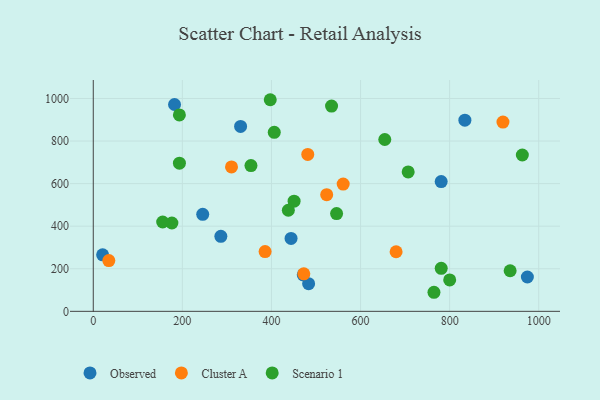
{"axis": {"x": "Engine Size", "y": "Profit"}, "legend": ["Cluster A", "Observed", "Scenario 1"], "data": [{"x": "471.4", "y": 171.6, "type": "Observed"}, {"x": "781.0", "y": 609.5, "type": "Observed"}, {"x": "974.5", "y": 161.2, "type": "Observed"}, {"x": "834.2", "y": 897.9, "type": "Observed"}, {"x": "286.4", "y": 352.5, "type": "Observed"}, {"x": "483.4", "y": 130.1, "type": "Observed"}, {"x": "330.7", "y": 868.5, "type": "Observed"}, {"x": "21.0", "y": 265.5, "type": "Observed"}, {"x": "245.7", "y": 455.7, "type": "Observed"}, {"x": "444.0", "y": 342.4, "type": "Observed"}, {"x": "182.4", "y": 971.6, "type": "Observed"}, {"x": "561.0", "y": 597.8, "type": "Cluster A"}, {"x": "919.7", "y": 889.3, "type": "Cluster A"}, {"x": "310.3", "y": 678.4, "type": "Cluster A"}, {"x": "34.9", "y": 238.4, "type": "Cluster A"}, {"x": "472.6", "y": 176.0, "type": "Cluster A"}, {"x": "481.5", "y": 737.2, "type": "Cluster A"}, {"x": "385.7", "y": 280.9, "type": "Cluster A"}, {"x": "679.8", "y": 280.0, "type": "Cluster A"}, {"x": "524.0", "y": 548.0, "type": "Cluster A"}, {"x": "706.9", "y": 654.9, "type": "Scenario 1"}, {"x": "963.2", "y": 734.4, "type": "Scenario 1"}, {"x": "193.4", "y": 695.8, "type": "Scenario 1"}, {"x": "764.8", "y": 89.5, "type": "Scenario 1"}, {"x": "654.4", "y": 807.2, "type": "Scenario 1"}, {"x": "176.5", "y": 415.0, "type": "Scenario 1"}, {"x": "193.3", "y": 922.5, "type": "Scenario 1"}, {"x": "781.1", "y": 202.1, "type": "Scenario 1"}, {"x": "534.9", "y": 964.5, "type": "Scenario 1"}, {"x": "155.8", "y": 419.7, "type": "Scenario 1"}, {"x": "935.8", "y": 190.7, "type": "Scenario 1"}, {"x": "354.0", "y": 684.7, "type": "Scenario 1"}, {"x": "546.2", "y": 459.1, "type": "Scenario 1"}, {"x": "450.8", "y": 517.5, "type": "Scenario 1"}, {"x": "437.9", "y": 474.9, "type": "Scenario 1"}, {"x": "800.1", "y": 147.3, "type": "Scenario 1"}, {"x": "397.3", "y": 994.1, "type": "Scenario 1"}, {"x": "406.3", "y": 840.9, "type": "Scenario 1"}]}